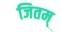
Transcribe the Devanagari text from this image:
जितम्